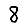
Digit: 8